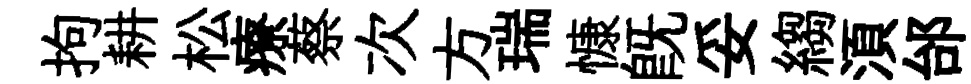
拘耕松療蔡次方瑞慷既妥縐湏邰